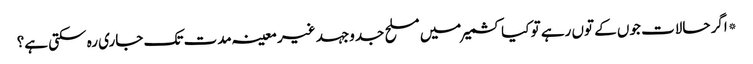
*اگر حالات جوں کے توں رہے تو کیا کشمیر میں مسلح جدوجہد غیر معینہ مدت تک جاری رہ سکتی ہے؟